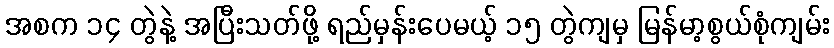
အစက ၁၄ တွဲနဲ့ အပြီးသတ်ဖို့ ရည်မှန်းပေမယ့် ၁၅ တွဲကျမှ မြန်မာ့စွယ်စုံကျမ်း